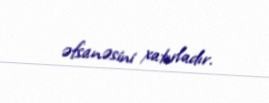
əfsanəsini xatırladır.